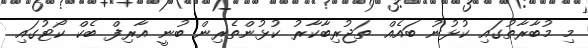
މި މުބާރާތުގައި ކުޅުނު ބައެއް ތަޖުރިބާކާރު ކުޅުންތެރިން ބުނީ އާރިފް ބެކް ކޯޓުގައި